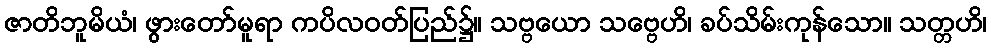
ဇာတိဘူမိယံ၊ ဖွားတော်မူရာ ကပိလဝတ်ပြည်၌။ သဗ္ဗယော သဗ္ဗေဟိ၊ ခပ်သိမ်းကုန်သော။ သတ္တဟိ၊